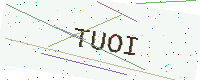
Text: TUOI